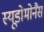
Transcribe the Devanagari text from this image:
स्यूडोमोनैस